Report on vaccination in Madras 1877-1894 - 1877-1894
Year: 1877
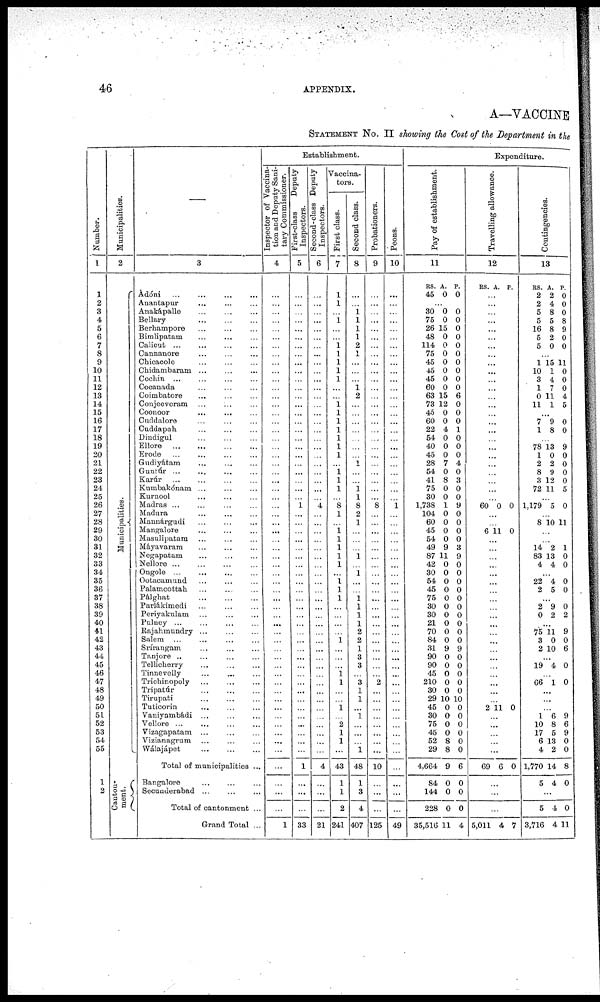
46
APPENDIX.
A—VACCINE
STATEMENT No. II showing the Cost of the Department in the
Number.
1
1
2
3
4
5
6
7
8
9
10
11
12
13
14
15
16
17
18
19
20
21
22
23
24
25
26
27
28
29
30
31
32
33
34
35
36
37
38
39
40
41
42
43
44
45
46
47
48
49
50
51
52
53
54
55
1
2
Municipalities.
2
Municipalities.
Canton-
ment.
—
3
Adóni ... ... ... ...
Anantapnr ... ... ...
Anakápalle ... ... ...
Bellary
...
...
...
Berhampore ... ... ...
Bimlipatam ... ... ...
Calicut
...
...
...
...
Cannanore ... ... ...
Chicacole
...
...
...
Chidambaram ... ... ...
Cochin ... ... ... ...
Cooanada ... ... ... ...
Coimbatore ... ... ...
Conjeeveram ... ... ...
Coonoor
...
...
...
Cuddalore ... ... ...
Cuddapah
...
...
...
Dindigul ... ... ...
Ellore
...
...
...
...
Erode
...
...
...
...
Gudiyátam ... ... ...
Guntúr
...
...
...
...
Karúr ... ... ...
Kumbakónam ... ... ...
Kurnool ... ... ... ...
Madras ... ... ... ...
Madura ... ... ... ...
Mannárgudi ... ... ...
Mangalore ... ... ...
Masulipatam ... ... ...
Mayavaram ... ... ...
Negapatam
...
...
...
Nellore ... ... ... ...
Ongole
...
...
...
...
Ootacamund ... ... ...
Palamcottah ... ... ...
Pálghat
...
...
...
Parlákimedi ... ... ...
Periyakulam ... ... ...
Pulney ... ... ... ...
Rajahmundry ... ... ...
Salem ... ... ... ...
Srírangam ... ... ...
Tanjore ... ... ...
Tellicherry
...
...
...
Tinnevelly ... ... ...
Trichinopoly ... ... ...
Tripatúr
...
...
...
Tirupati ... ... ...
Tuticorin ... ... ...
Vaniyambádi
...
...
...
Vellore ... ... ... ...
Vizagapatam ... ... ...
Vizianagrum ... ... ...
Wálajápet ... ... ...
Total of municipalities ...
Bangalore ... ... ...
Secunderabad
...
...
...
Total of cantonment ...
Grand Total ...
Establishment.
Inspector of Vaccina-
tion and Deputy Sani-
tary Commissioner.
4
...
...
...
...
...
...
...
...
...
...
...
...
...
...
...
...
...
...
...
...
...
...
...
...
...
...
...
...
...
...
...
...
...
...
...
...
...
...
...
...
...
...
...
...
...
...
...
...
...
...
...
...
...
...
...
...
...
...
...
1
First-class
Deputy
Inspectors.
5
...
...
...
...
...
...
...
...
...
...
...
...
...
...
...
...
...
...
...
...
...
...
...
...
...
1
...
...
...
...
...
...
...
...
...
...
...
...
...
...
...
...
...
...
...
...
...
...
...
...
...
...
...
...
...
1
...
...
...
33
Second-class Deputy
Inspectors.
6
...
...
...
...
...
...
...
...
...
...
...
...
...
...
...
...
...
...
...
...
...
...
...
...
...
4
...
...
...
...
...
...
...
...
...
...
...
...
...
...
...
...
...
...
...
...
...
...
...
...
...
...
...
...
...
4
...
...
...
21
Vaccina-
tors.
First class.
7
1
1
...
1
...
...
1 1
1
1
1
...
...
1 1
1
1
1
1
1
...
1
1
1
...
8
1
...
1
1
1
1
1
...
1
1
1
...
...
...
...
1
...
...
...
1 1
...
...
1
...
2
1
1
...
43
1
1
2
241
Second class.
8
...
...
1 1
1
1
2
1
...
...
...
1
2
...
...
...
...
...
...
...
1
...
...
1
1
8
2
1
...
...
...
1
...
1
...
...
1 1
1
1
2
2
1
3
3
...
3
1
1
...
1
...
...
...
1
48
1
3
4
407
Probationers.
9
...
...
...
...
...
...
...
...
...
...
...
...
...
...
...
...
...
...
...
...
...
...
...
...
...
8
...
...
...
...
...
...
...
...
...
...
...
...
...
...
...
...
...
...
...
...
2
...
...
...
...
...
...
...
...
10
...
...
...
125
Peons.
10
...
...
...
...
...
...
...
...
...
...
...
...
...
...
...
...
...
...
...
...
...
...
...
...
...
1
...
...
...
...
...
...
...
...
...
...
...
...
...
...
...
...
...
...
...
...
...
...
...
...
...
...
...
...
...
...
...
...
...
49
Expenditure.
Pay of establishment.
11
RS.
45
A.
0
P.
0
...
30
75
26
48
114
75
45
45
45
60
63
73
45
60
22
54
40
45
28
54
41
75
30
1,738
104
60
45
54
49
87
42
30
54
45
75
30
30
21
70
84
31
90
90
45
210
30
29
45
30
75
45
52
29
4,664
84
144
228
35,516
0
0
15
0
0
0
0
0
0
0
15
12
0
0
4
0
0
0
7
0
8
0
0
1
0
0
0
0
9
11
0
0
0
0
0
0
0
0
0
0
9
0
0
0
0
0
10
0
0
0
0
8
8
9
0
0
0
11
0
0
0
0
0
0
0
0
0
0
6
0
0
0
1
0
0
0
4
0
3
0
0
9
0
0
0
0
3
9
0
0
0
0
0
0
0
0
0
0
9
0
0
0
0
0
10
0
0
0
0
0
0
6
0
0
0
4
Travelling allowance.
12
RS. A. P.
...
...
...
...
...
...
...
...
...
...
...
...
...
...
...
...
...
...
...
...
...
...
...
...
...
60 0 0
...
...
6 11 0
...
...
...
...
...
...
...
...
...
...
...
...
...
...
...
...
...
...
...
...
2 11 0
...
...
...
...
...
69 6 0
...
...
...
5,011 4 7
Contingencies.
13
RS.
2
2
5
5
16
5
5
A.
2
4
8
5
8
2
0
P.
0 0
0
8
9
0
0
...
1
10
3
1
0
11
15
1
4
7
11
1
11
0
0
0
4
5
...
7
1
9
8
0
0
...
78
1
2
8
3
72
13
0
2
9
12
11
9
0
0
0
0
5
...
1,179 5 0
...
8 10 11
...
...
14
83
4
2
13
4
1
0
0
...
22
2
4
5
0
0
...
2
0
9
2
0
2
...
75
3
2
11
0
10
9
0
6
...
19 4 0
...
66 1 0
...
...
...
1
10
17
6
4
1,770
5
6
8
5
13
2
14
4
9
6
9
0
0
8
0
...
5
3,716
4
4
0
11